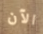
الآن